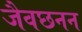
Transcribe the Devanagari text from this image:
जैवछनन